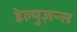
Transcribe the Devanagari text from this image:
डेल्युज़न्स